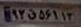
۹۲ق۵۶۱۱۳